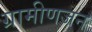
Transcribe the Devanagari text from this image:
ग्रामीणजन